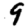
Digit: 9